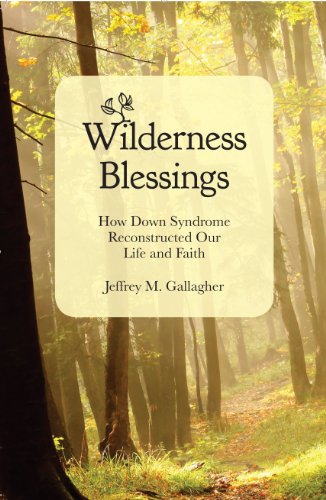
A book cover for Wilderness Blessings: How Down Syndrome Reconstructed Our Life and Faith; Jeffrey M. Gallagher; Health, Fitness & Dieting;